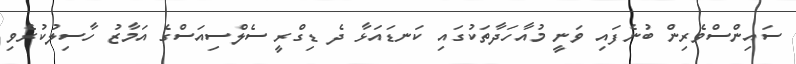
ސައިންސްވެރިން ބުނެފައި ވަނީ މުއާހަދާތަކުގައި ކަނޑައަޅާ ދެ ޑިގްރީ ސެލްސިއަސްގެ އަމާޒު ހާސިލުކުރެވި